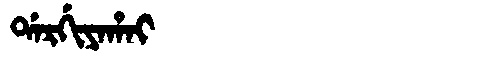
Manchu: ᡩᠠᡵᡤᡳᠶᠠᡥᠠᡳ
Romanization: DARGIYAHAI